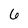
Character: 6